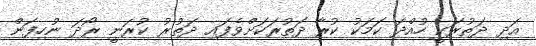
އަދި ދަތުރަކީ ހުއްދަ ކަމަކު ކުރާ ދަތުރަކަށްވެފައި ދަތުރު ކުރަނީ ރޯދަ ނުހިފަން